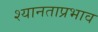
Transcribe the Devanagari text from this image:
श्यानताप्रभाव